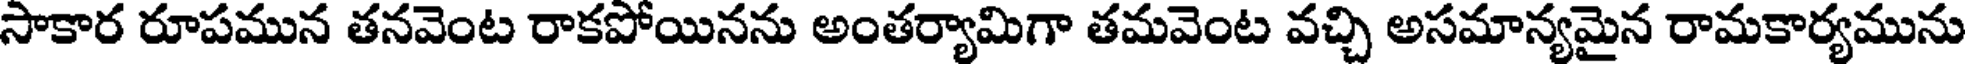
సాకార రూపమున తనవెంట రాకపోయినను అంతర్యామిగా తమవెంట వచ్చి అసమాన్యమైన రామకార్యమును